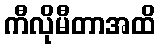
ကီလိုမီတာအထိ